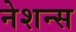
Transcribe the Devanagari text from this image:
नेशन्‍स